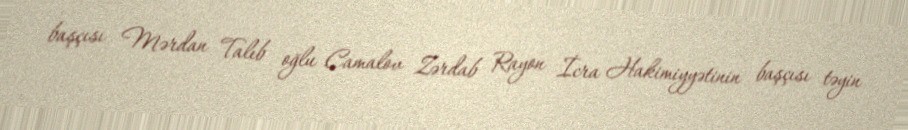
başçısı Mərdan Talıb oğlu Camalov Zərdab Rayon İcra Hakimiyyətinin başçısı təyin